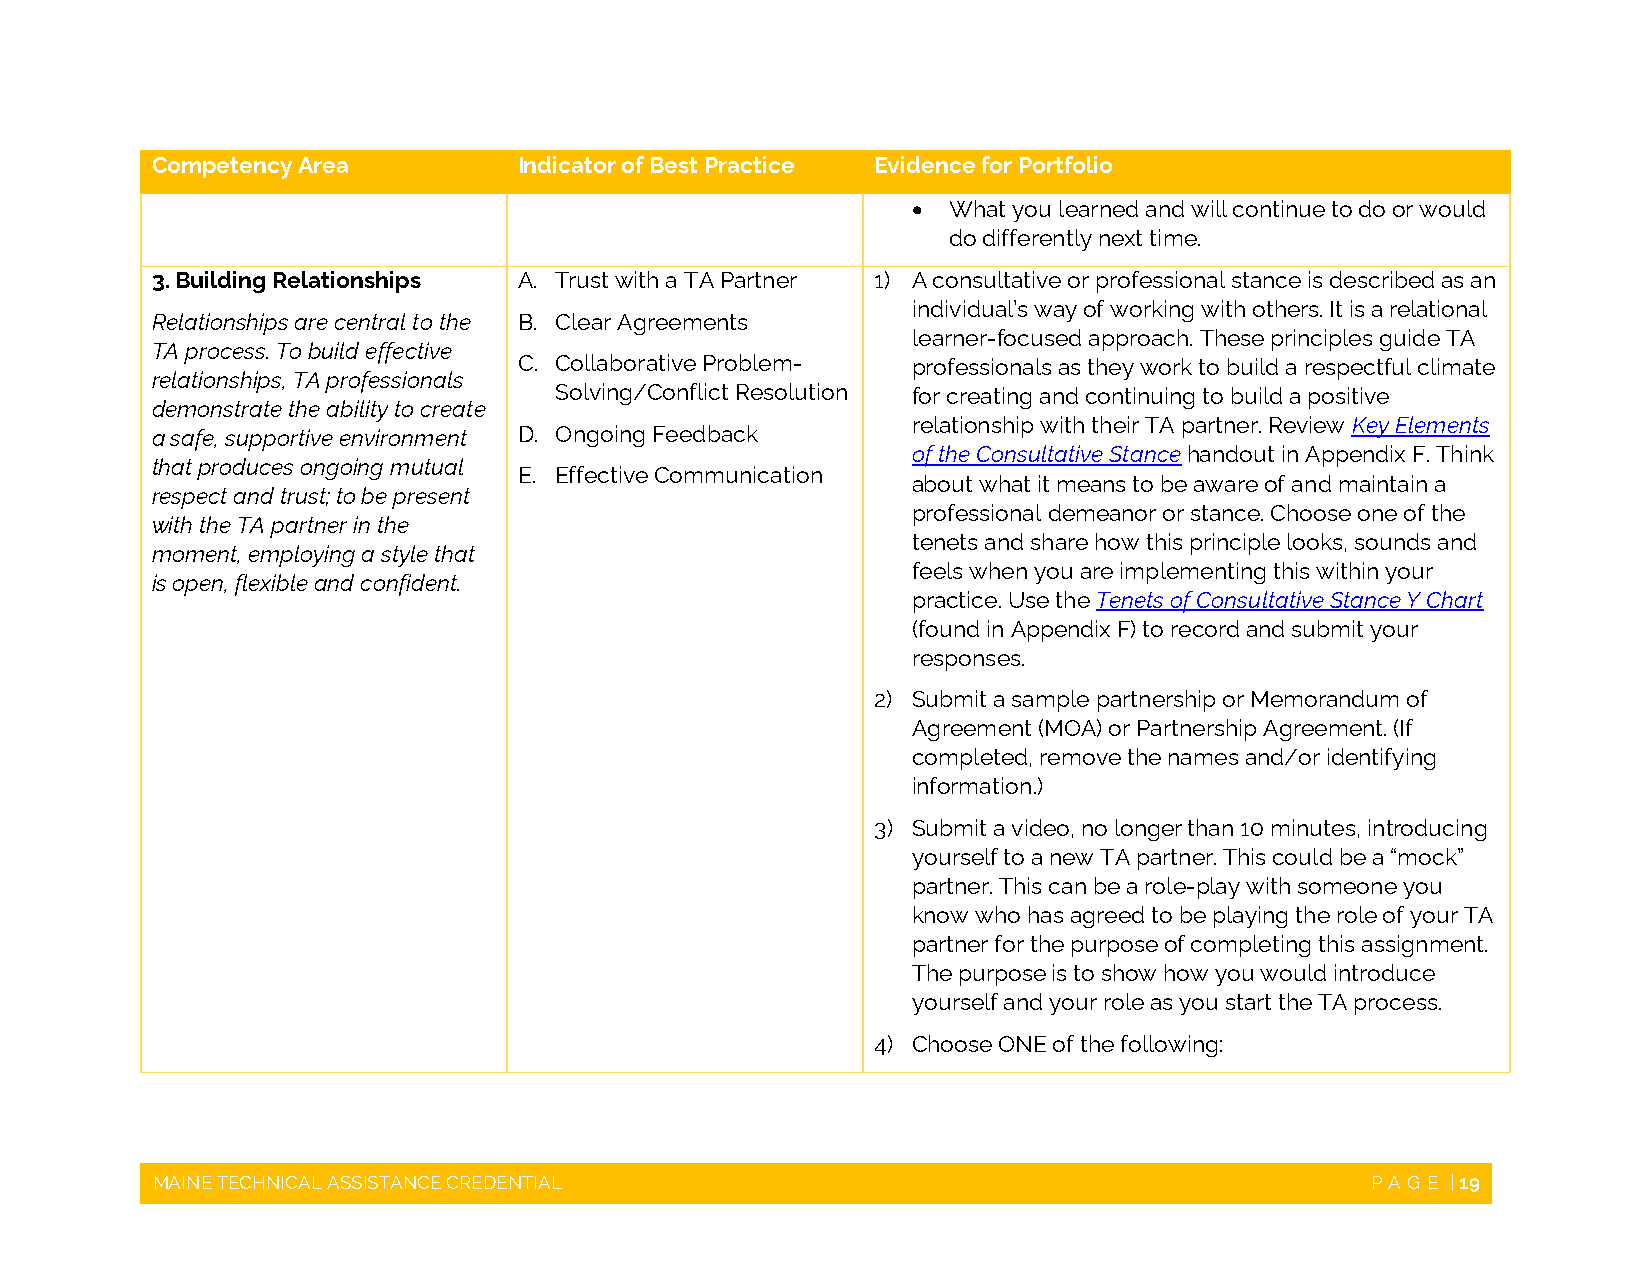
Competency Area         Indicator of Best Practice Evidence for Portfolio
   What you learned and will continue to do or would
 do differently next time.
 3. Building Relationships A. Trust with a TA Partner 1) A consultative or professional stance is described as an
 individual’s way of working with others. It is a relational
 Relationships are central to the B. Clear Agreements
 learner-focused approach. These principles guide TA
 TA process. To build effective
 C. Collaborative Problem- professionals as they work to build a respectful climate
 relationships, TA professionals
 Solving/Conflict Resolution for creating and continuing to build a positive
 demonstrate the ability to create
 relationship with their TA partner. Review Key Elements
 a safe, supportive environment D. Ongoing Feedback
 of the Consultative Stance handout in Appendix F. Think
 that produces ongoing mutual
 E. Effective Communication
 about what it means to be aware of and maintain a
 respect and trust; to be present
 professional demeanor or stance. Choose one of the
 with the TA partner in the
 tenets and share how this principle looks, sounds and
 moment, employing a style that
 feels when you are implementing this within your
 is open, flexible and confident.
 practice. Use the Tenets of Consultative Stance Y Chart
 (found in Appendix F) to record and submit your
 responses.
 2) Submit a sample partnership or Memorandum of
 Agreement (MOA) or Partnership Agreement. (If
 completed, remove the names and/or identifying
 information.)
 3) Submit a video, no longer than 10 minutes, introducing
 yourself to a new TA partner. This could be a “mock”
 partner. This can be a role-play with someone you
 know who has agreed to be playing the role of your TA
 partner for the purpose of completing this assignment.
 The purpose is to show how you would introduce
 yourself and your role as you start the TA process.
 4) Choose ONE of the following:
 MAINE TECHNICAL ASSISTANCE CREDENTIAL                                            PAGE | 19